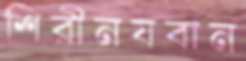
শিরীনযবান